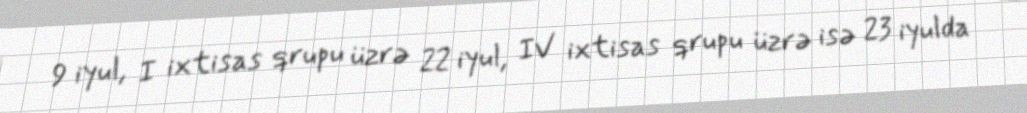
9 iyul, I ixtisas qrupu üzrə 22 iyul, IV ixtisas qrupu üzrə isə 23 iyulda